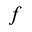
f